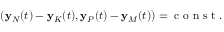
\begin{array} { r } { ( { \bf y } _ { N } ( t ) - { \bf y } _ { K } ( t ) , { \bf y } _ { P } ( t ) - { \bf y } _ { M } ( t ) ) = \mathrm { ~ c ~ o ~ n ~ s ~ t ~ } . } \end{array}